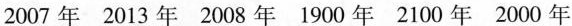
2007年 2013年 2008年 1900年 2100年 2000年